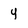
Character: y